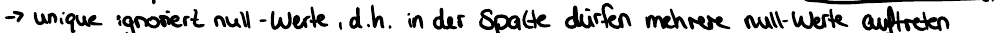
-> unique ignoriert null-Werte, d.h. in der Spalte dürfen mehrere null-Werte auftreten